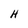
Character: H